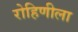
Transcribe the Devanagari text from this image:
रोहिणीला